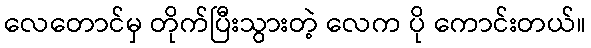
လေတောင်မှ တိုက်ပြီးသွားတဲ့ လေက ပို ကောင်းတယ်။